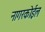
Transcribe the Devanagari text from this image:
नागरकोईल